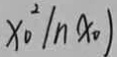
x _ { 0 } ^ { 2 } \vert n x _ { 0 } )